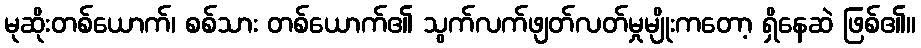
မုဆိုးတစ်ယောက်၊ စစ်သား တစ်ယောက်၏ သွက်လက်ဖျတ်လတ်မှုမျိုးကတော့ ရှိနေဆဲ ဖြစ်၏။